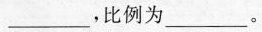
___，比例为___。